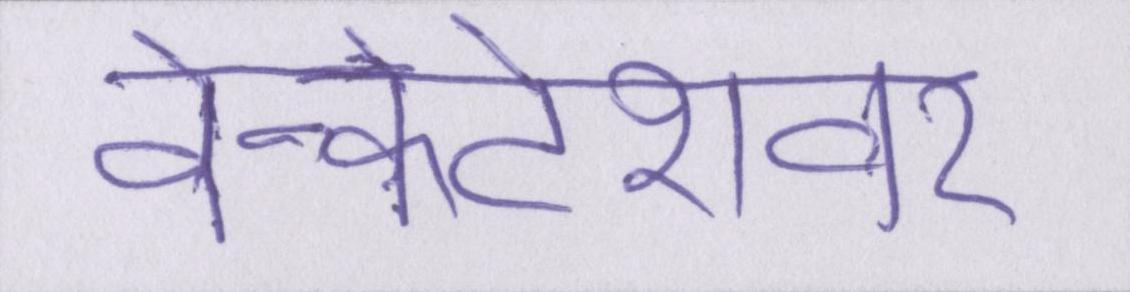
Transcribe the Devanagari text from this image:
वेन्कटेशवर